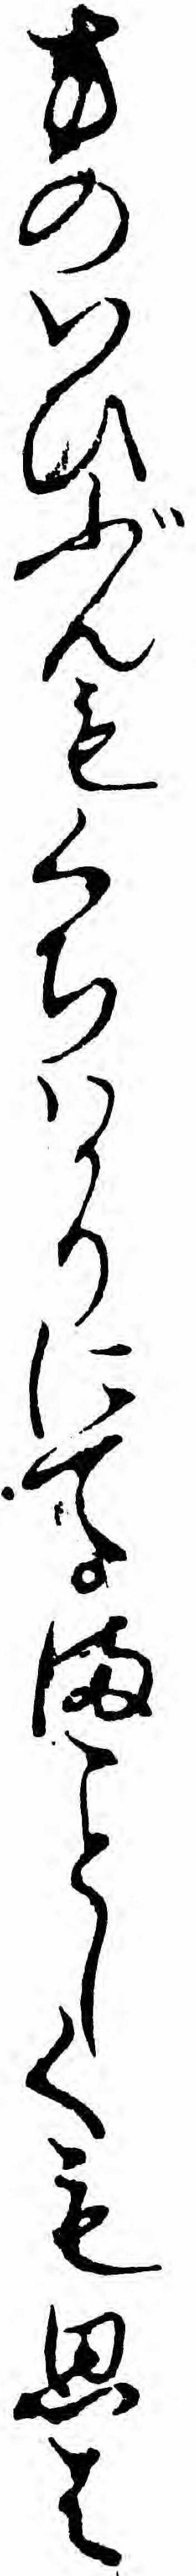
方のいひぶんもくちハかりにてましくも思は